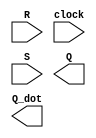
module SRFF (input R, clock, S, output Q, Q_dot);
  // your code here

endmodule